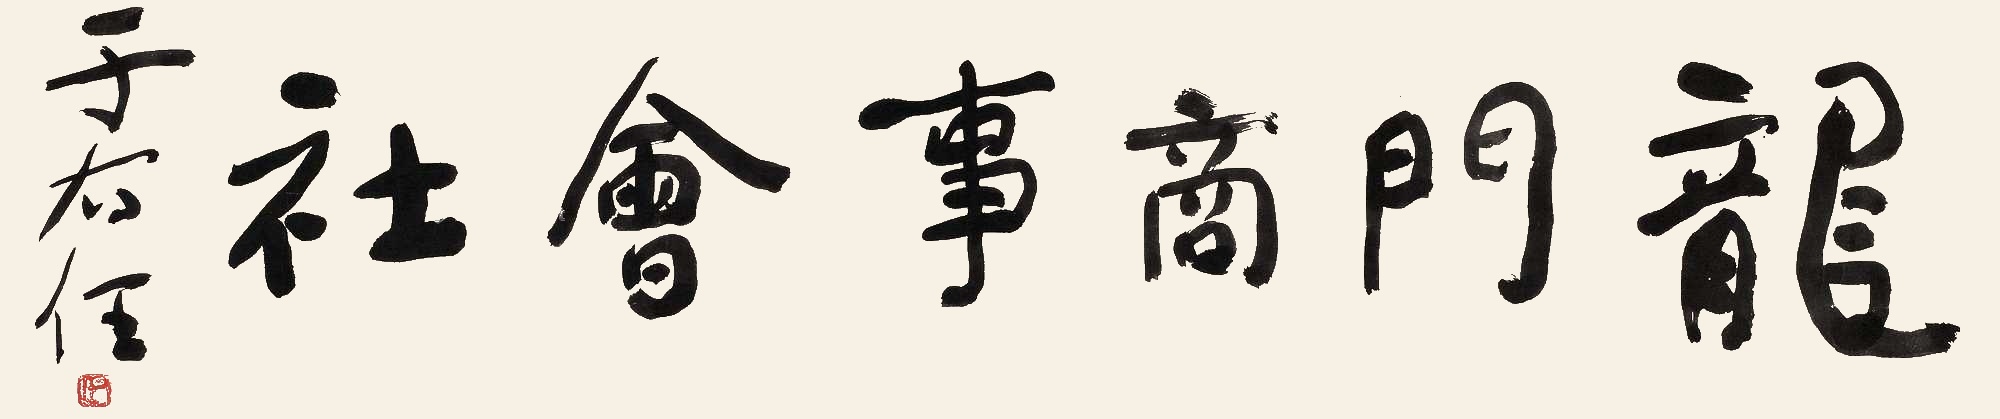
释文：龙门商事会社。于右任。